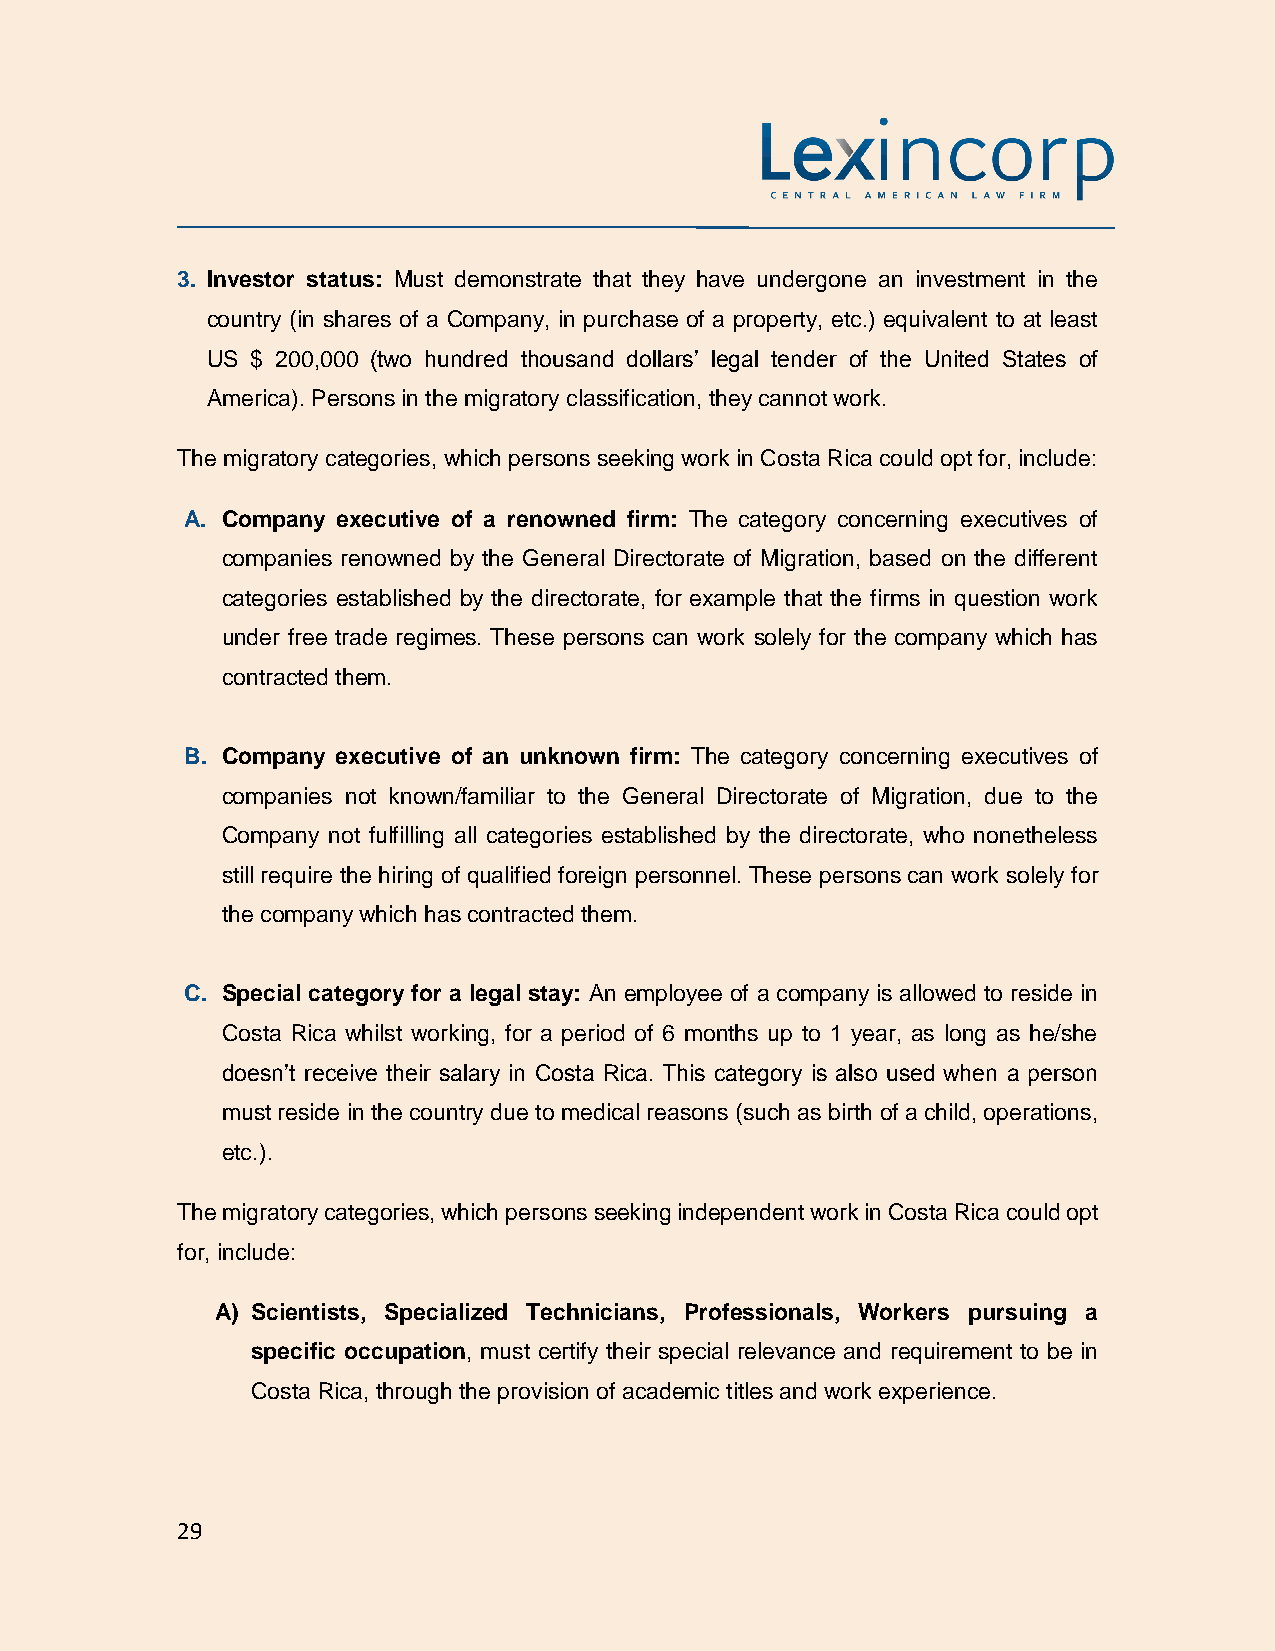
3. Investor status: Must demonstrate that they have undergone an investment in the
 country (in shares of a Company, in purchase of a property, etc.) equivalent to at least
 US $ 200,000 (two hundred thousand dollars’ legal tender of the United States of
 America). Persons in the migratory classification, they cannot work.
 The migratory categories, which persons seeking work in Costa Rica could opt for, include:
 A. Company executive of a renowned firm: The category concerning executives of
 companies renowned by the General Directorate of Migration, based on the different
 categories established by the directorate, for example that the firms in question work
 under free trade regimes. These persons can work solely for the company which has
 contracted them.
 B. Company executive of an unknown firm: The category concerning executives of
 companies not known/familiar to the General Directorate of Migration, due to the
 Company not fulfilling all categories established by the directorate, who nonetheless
 still require the hiring of qualified foreign personnel. These persons can work solely for
 the company which has contracted them.
 C. Special category for a legal stay: An employee of a company is allowed to reside in
 Costa Rica whilst working, for a period of 6 months up to 1 year, as long as he/she
 doesn’t receive their salary in Costa Rica. This category is also used when a person
 must reside in the country due to medical reasons (such as birth of a child, operations,
 etc.).
 The migratory categories, which persons seeking independent work in Costa Rica could opt
 for, include:
 A) Scientists, Specialized Technicians, Professionals, Workers pursuing a
 specific occupation, must certify their special relevance and requirement to be in
 Costa Rica, through the provision of academic titles and work experience.
 29